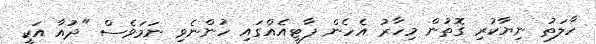
ހާލަތު ނިޔާކުރި ގޮތުން މިހާރު އެހެން ޕާޓީއެއްގައި ހުންނެވި ނަމަވެސް "ދުއާ އަކީ